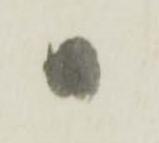
日